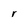
Character: r